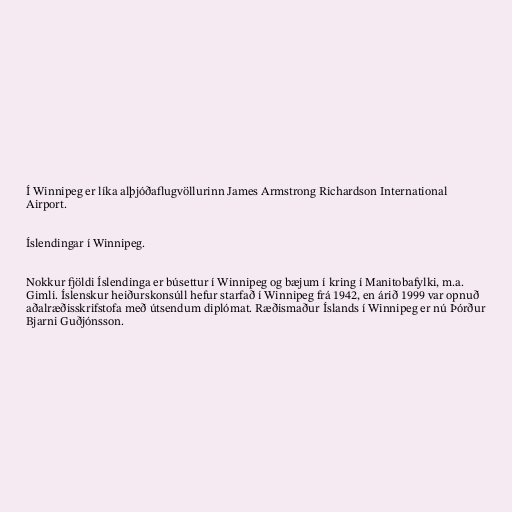
Í Winnipeg er líka alþjóðaflugvöllurinn James Armstrong Richardson International
Airport.

Íslendingar í Winnipeg.

Nokkur fjöldi Íslendinga er búsettur í Winnipeg og bæjum í kring í Manitobafylki, m.a.
Gimli. Íslenskur heiðurskonsúll hefur starfað í Winnipeg frá 1942, en árið 1999 var opnuð
aðalræðisskrifstofa með útsendum diplómat. Ræðismaður Íslands í Winnipeg er nú Þórður
Bjarni Guðjónsson.